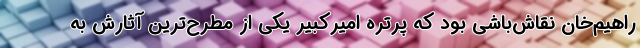
راهیم‌خان نقاش‌باشی بود که پرتره امیرکبیر یکی از مطرح‌ترین آثارش به